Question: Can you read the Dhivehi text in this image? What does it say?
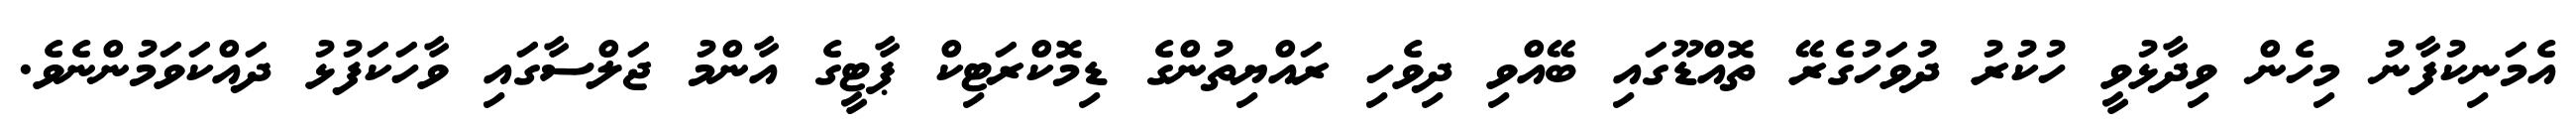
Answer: އެމަނިކުފާނު މިހެން ވިދާޅުވީ ހުކުރު ދުވަހުގެރޭ ތޮއްޑޫގައި ބޭއްވި ދިވެހި ރައްޔިތުންގެ ޑިމޮކްރަޓިކް ޕާޓީގެ އާންމު ޖަލްސާގައި ވާހަކަފުޅު ދައްކަވަމުންނެވެ.